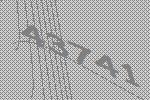
43741